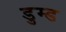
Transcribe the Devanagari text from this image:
डुम्ड